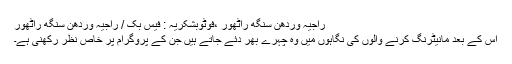
راجیہ وردھن سنگھ راٹھور ،فوٹوبشکریہ : فیس بک / راجیہ وردھن سنگھ راٹھور
اس کے بعد مانیٹرنگ کرنے والوں کی نگاہوں میں وہ چہرے بھر دئے جاتے ہیں جن کے پروگرام پر خاص نظر رکھنی ہے۔